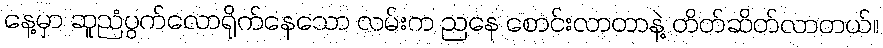
နေ့မှာ ဆူညံပွက်လောရိုက်နေသော လမ်းက ညနေ စောင်းလာတာနဲ့ တိတ်ဆိတ်လာတယ်။